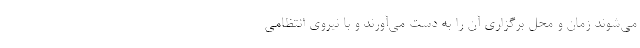
می‌شوند زمان و محل برگزاری آن را به دست می‌آورند و با نیروی انتظامی